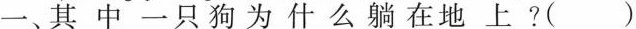
一、其中一只狗为什么躺在地上？()